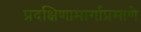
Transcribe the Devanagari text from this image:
प्रदक्षिणामार्गाप्रमाणे